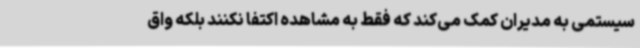
سیستمی به مدیران کمک می‌کند که فقط به مشاهده اکتفا نکنند بلکه واق